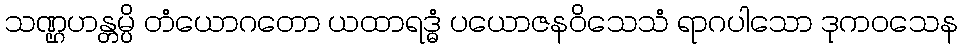
သဏ္ဌဟန္တမ္ပိ တံယောဂတော ယထာရဒ္ဓံ ပယောဇနဝိသေသံ ရာဂပါသော ဒုကဝသေန